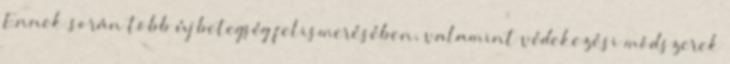
Ennek során több új betegség felismerésében, valamint védekezési módszerek